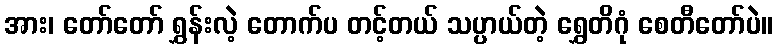
အား၊ တော်တော် ရွှန်းလဲ့ တောက်ပ တင့်တယ် သပ္ပာယ်တဲ့ ရွှေတိဂုံ စေတီတော်ပဲ။